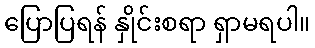
ပြောပြရန် နှိုင်းစရာ ရှာမရပါ။